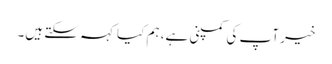
خیر آپ کی کمپنی ہے، ہم کیا کہہ سکتے ہیں۔